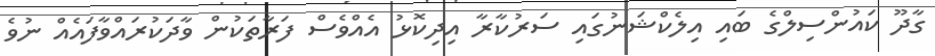
ގާދޫ ކައުންސިލްގެ ބައި އިލެކްޝަނުގައި ސަރުކާރާ އިދިކޮޅު އެއްވެސް ފަރާތަކުން ވާދަކުރައްވާފައެއް ނުވެ